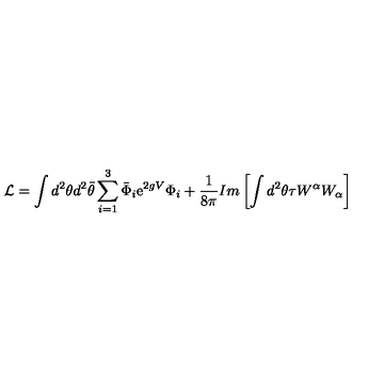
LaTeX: { \cal { L } } = \int d ^ { 2 } \theta d ^ { 2 } { \bar { \theta } } \sum _ { i = 1 } ^ { 3 } { \bar { \Phi } } _ { i } \mathrm { e } ^ { 2 g V } \Phi _ { i } + \frac { 1 } { 8 \pi } I m \left[ \int d ^ { 2 } \theta \tau W ^ { \alpha } W _ { \alpha } \right]